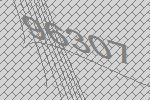
96307